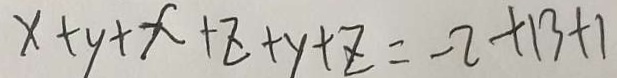
x + y + x + z + y + z = - 2 + 1 3 + 1